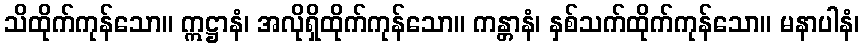
သိထိုက်ကုန်သော။ ဣဋ္ဌာနံ၊ အလိုရှိထိုက်ကုန်သော။ ကန္တာနံ၊ နှစ်သက်ထိုက်ကုန်သော။ မနာပါနံ၊